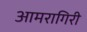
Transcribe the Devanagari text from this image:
आमरागिरी